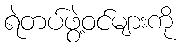
ရဲတပ်ဖွဲ့ဝင်များကို